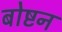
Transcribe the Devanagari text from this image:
बोष्टन